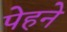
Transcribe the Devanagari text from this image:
पेहने